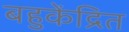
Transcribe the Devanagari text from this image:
बहुकेंद्रित